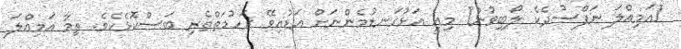
[އަމިއްލަ ނަފްސުދެކެ ލޯބިވުން] މިއީ އަޅުގަނޑުމެންނަށް އަޑުއިވޭ ރަހުމަތްތެރި ބަސްކޮޅެކެވެ. ތިމާ އަމިއްލަ